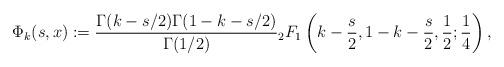
LaTeX: \begin{align*}\Phi_k(s,x):=\frac{\Gamma(k-s/2)\Gamma(1-k-s/2)}{\Gamma(1/2)}{}_2F_1\left( k-\frac{s}{2},1-k-\frac{s}{2},\frac{1}{2};\frac{1}{4}\right),\end{align*}